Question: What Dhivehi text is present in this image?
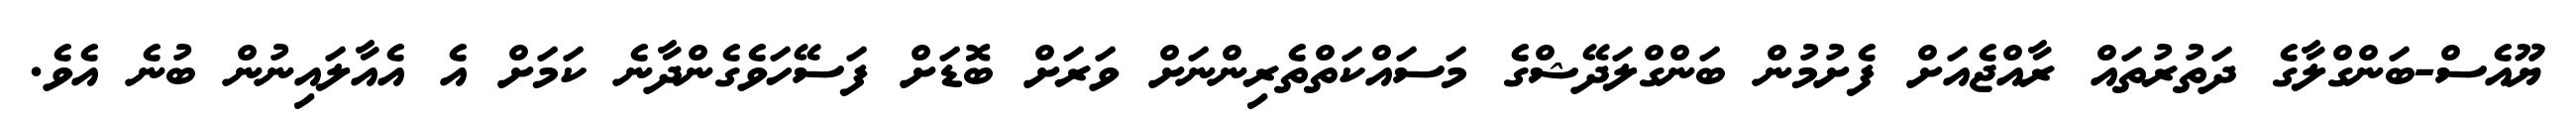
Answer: ޔޫއެސް-ބަންގްލާގެ ދަތުރުތައް ރާއްޖެއަށް ފެށުމުން ބަންގްލަދޭޝްގެ މަސައްކަތްތެރިންނަށް ވަރަށް ބޮޑަށް ފަސޭހަވެގެންދާނެ ކަމަށް އެ އެއާލައިނުން ބުނެ އެވެ.